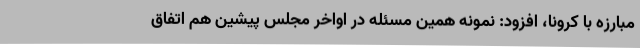
مبارزه با کرونا،‌ افزود: نمونه همین مسئله در اواخر مجلس پیشین هم اتفاق